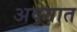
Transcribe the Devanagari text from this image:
अवगात